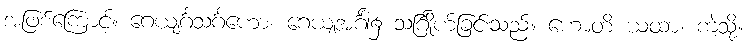
အဖြစ်ကြောင့်။ ဂေယျင်္ဂသင်္ဂဟော၊ ဂေယျအင်္ဂါ၌ သင်္ဂြိုဟ်ခြင်းသည်။ ဟောတိ ယထာ၊ ကဲ့သို့။